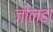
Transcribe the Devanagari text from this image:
जोल्हा